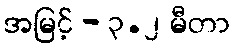
အမြင့် - ၃.၂ မီတာ